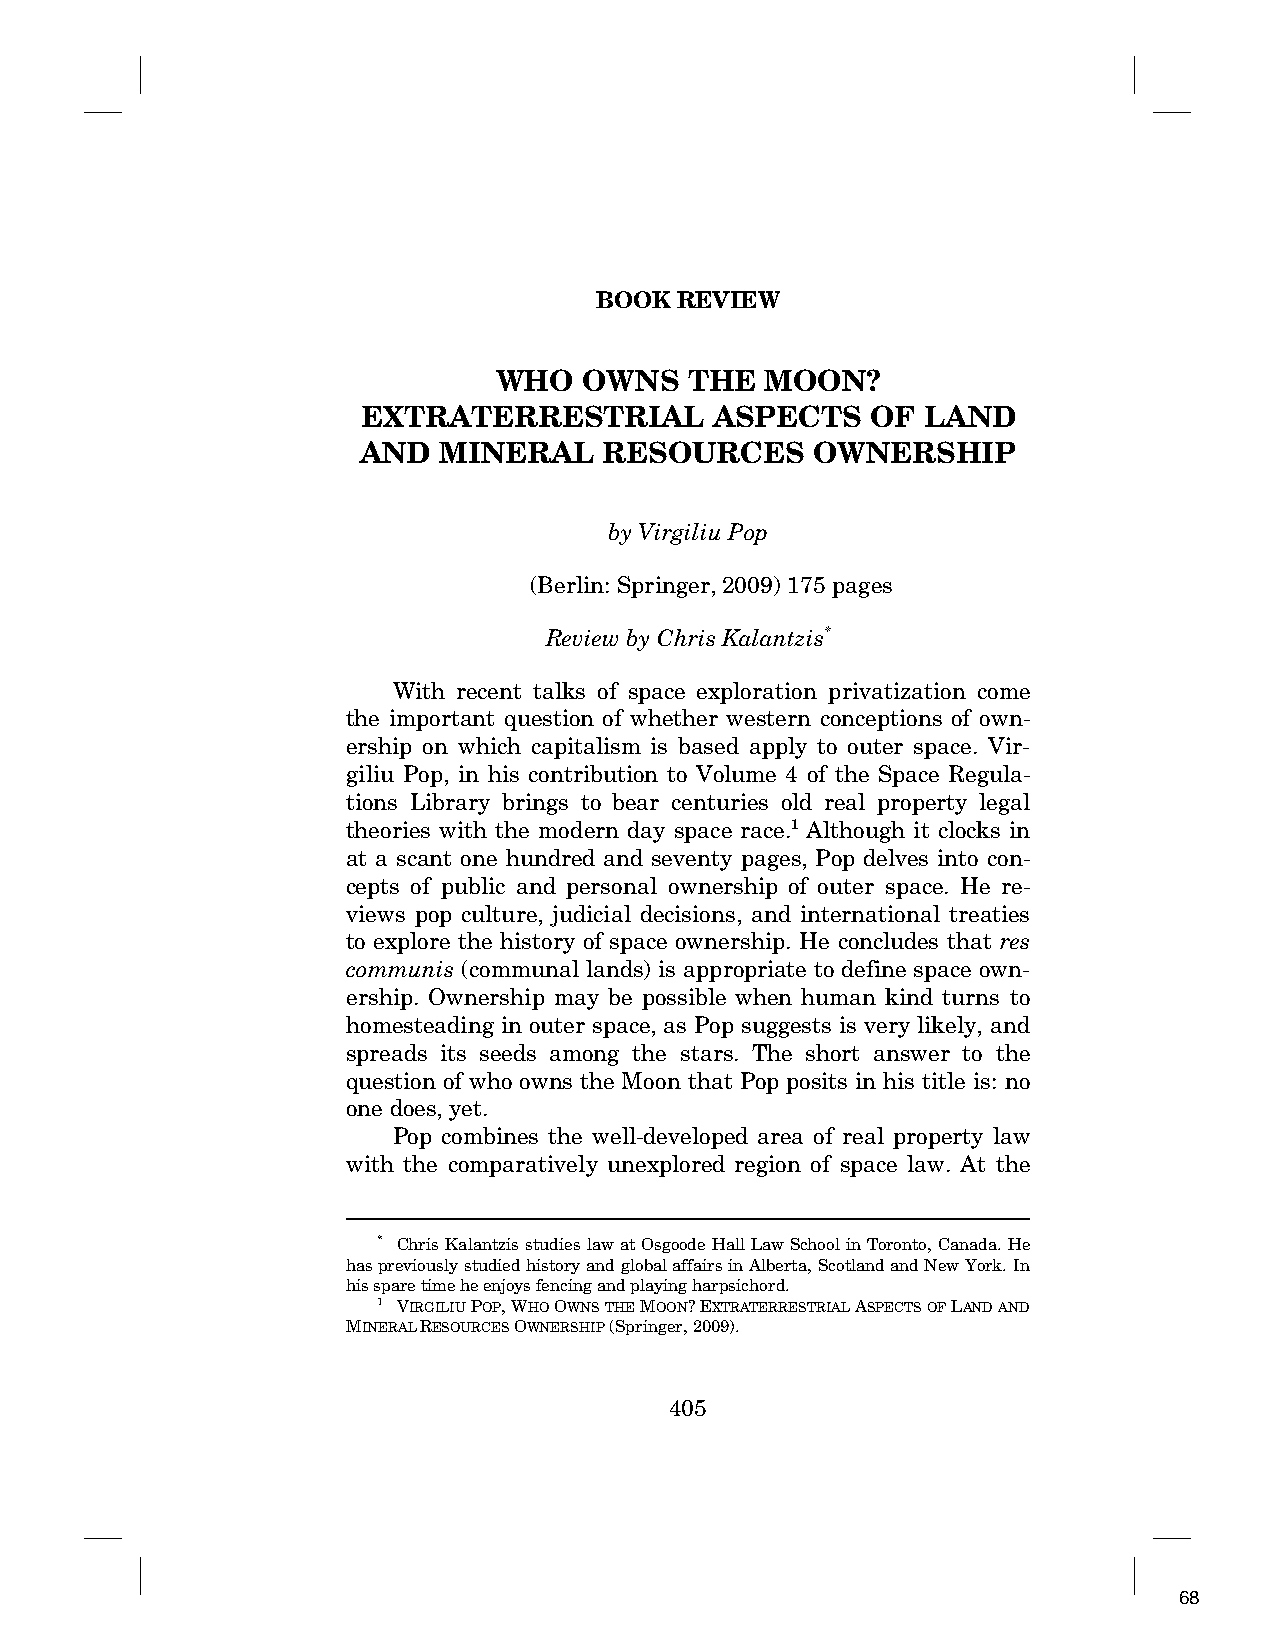
BOOK  REVIEW
 WHO   OWNS   THE  MOON?
 EXTRATERRESTRIAL       ASPECTS    OF LAND
 AND  MINERAL    RESOURCES     OWNERSHIP
 by Virgiliu Pop
 (Berlin: Springer, 2009) 175 pages
 Review by Chris Kalantzis*
 With recent talks of space exploration privatization come
 the important question of whether western conceptions of own-
 ership on which capitalism is based apply to outer space. Vir-
 giliu Pop, in his contribution to Volume 4 of the Space Regula-
 tions Library brings to bear centuries old real property legal
 theories with the modern day space race.1 Although it clocks in
 at a scant one hundred and seventy pages, Pop delves into con-
 cepts of public and personal ownership of outer space. He re-
 views pop culture, judicial decisions, and international treaties
 to explore the history of space ownership. He concludes that res
 communis (communal lands) is appropriate to define space own-
 ership. Ownership may be possible when human kind turns to
 homesteading in outer space, as Pop suggests is very likely, and
 spreads its seeds among the stars. The short answer to the
 question of who owns the Moon that Pop posits in his title is: no
 one does, yet.
 Pop combines the well-developed area of real property law
 with the comparatively unexplored region of space law. At the
 * Chris Kalantzis studies law at Osgoode Hall Law School in Toronto, Canada. He
 has previously studied history and global affairs in Alberta, Scotland and New York. In
 his spare time he enjoys fencing and playing harpsichord.
 1 VIRGILIUPOP,WHOOWNS THE MOON?EXTRATERRESTRIAL ASPECTS OF LAND AND
 MINERALRESOURCES OWNERSHIP (Springer, 2009).
 405
 68